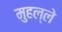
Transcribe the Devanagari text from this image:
मुहल्‍ले